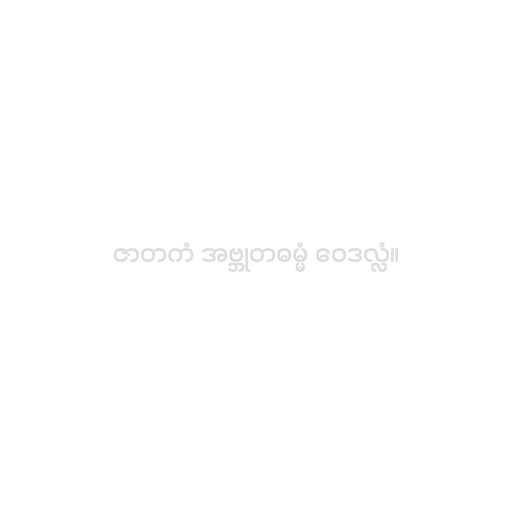
ဇာတကံ အဗ္ဘုတဓမ္မံ ဝေဒလ္လံ။